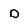
Character: D